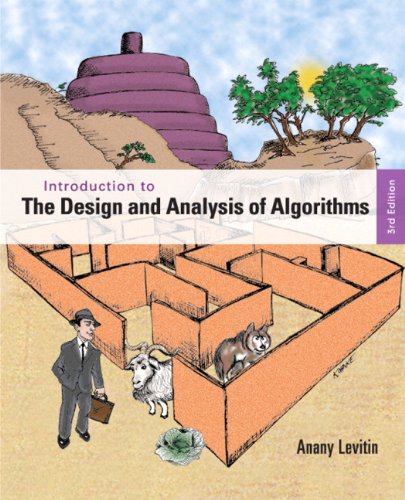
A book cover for Introduction to the Design and Analysis of Algorithms (3rd Edition); Anany Levitin; Computers & Technology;